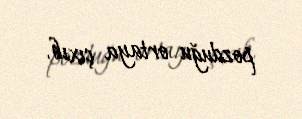
pozduğu ortaya çıxıb.